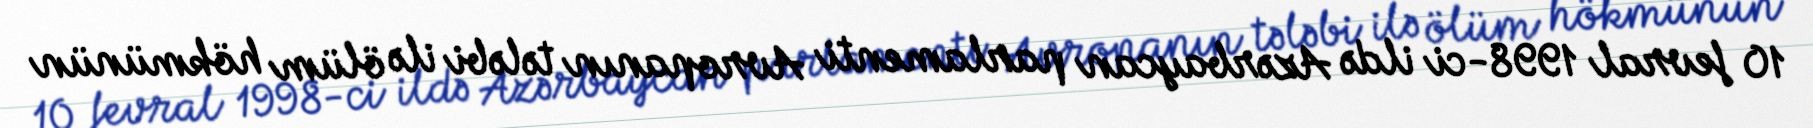
10 fevral 1998-ci ildə Azərbaycan parlamenti Avropanın tələbi ilə ölüm hökmünün